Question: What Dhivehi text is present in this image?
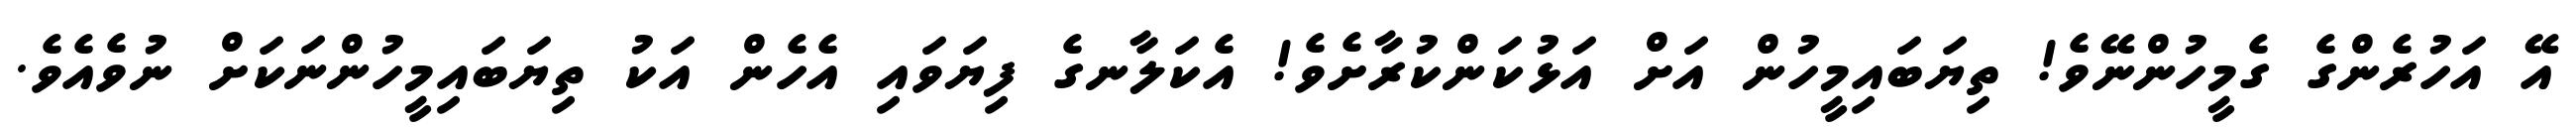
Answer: އޭ އަހުރެންގެ ގެމީހުންނޭވެ! ތިޔަބައިމީހުން އަށް އަޅުކަންކުރާށެވެ! އެކަލާނގެ ފިޔަވައި އެހެން އަކު ތިޔަބައިމީހުންނަކަށް ނުވެއެވެ.